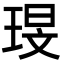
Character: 琝